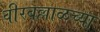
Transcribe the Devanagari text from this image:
वीरबल्लाळच्या